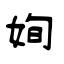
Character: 姰